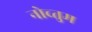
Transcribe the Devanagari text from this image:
नोच्तुम